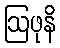
ဩဖုနိ